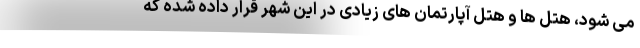
می شود، هتل ها و هتل آپارتمان های زیادی در این شهر قرار داده شده که